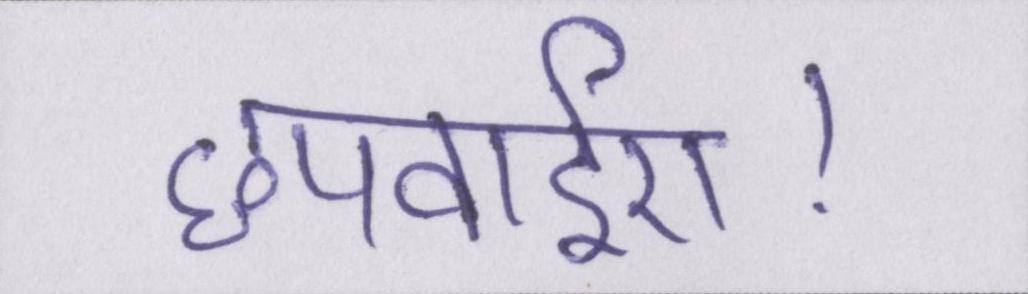
छपवाईए।